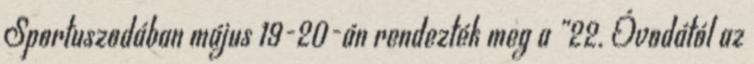
Sportuszodában május 19-20-án rendezték meg a „22. Óvodától az